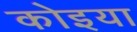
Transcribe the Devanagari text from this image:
कोइया